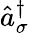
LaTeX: \hat{a}_{\sigma}^{\dagger}